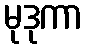
မုဒုကာ